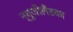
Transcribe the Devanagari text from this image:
न्यूजीलैंडका